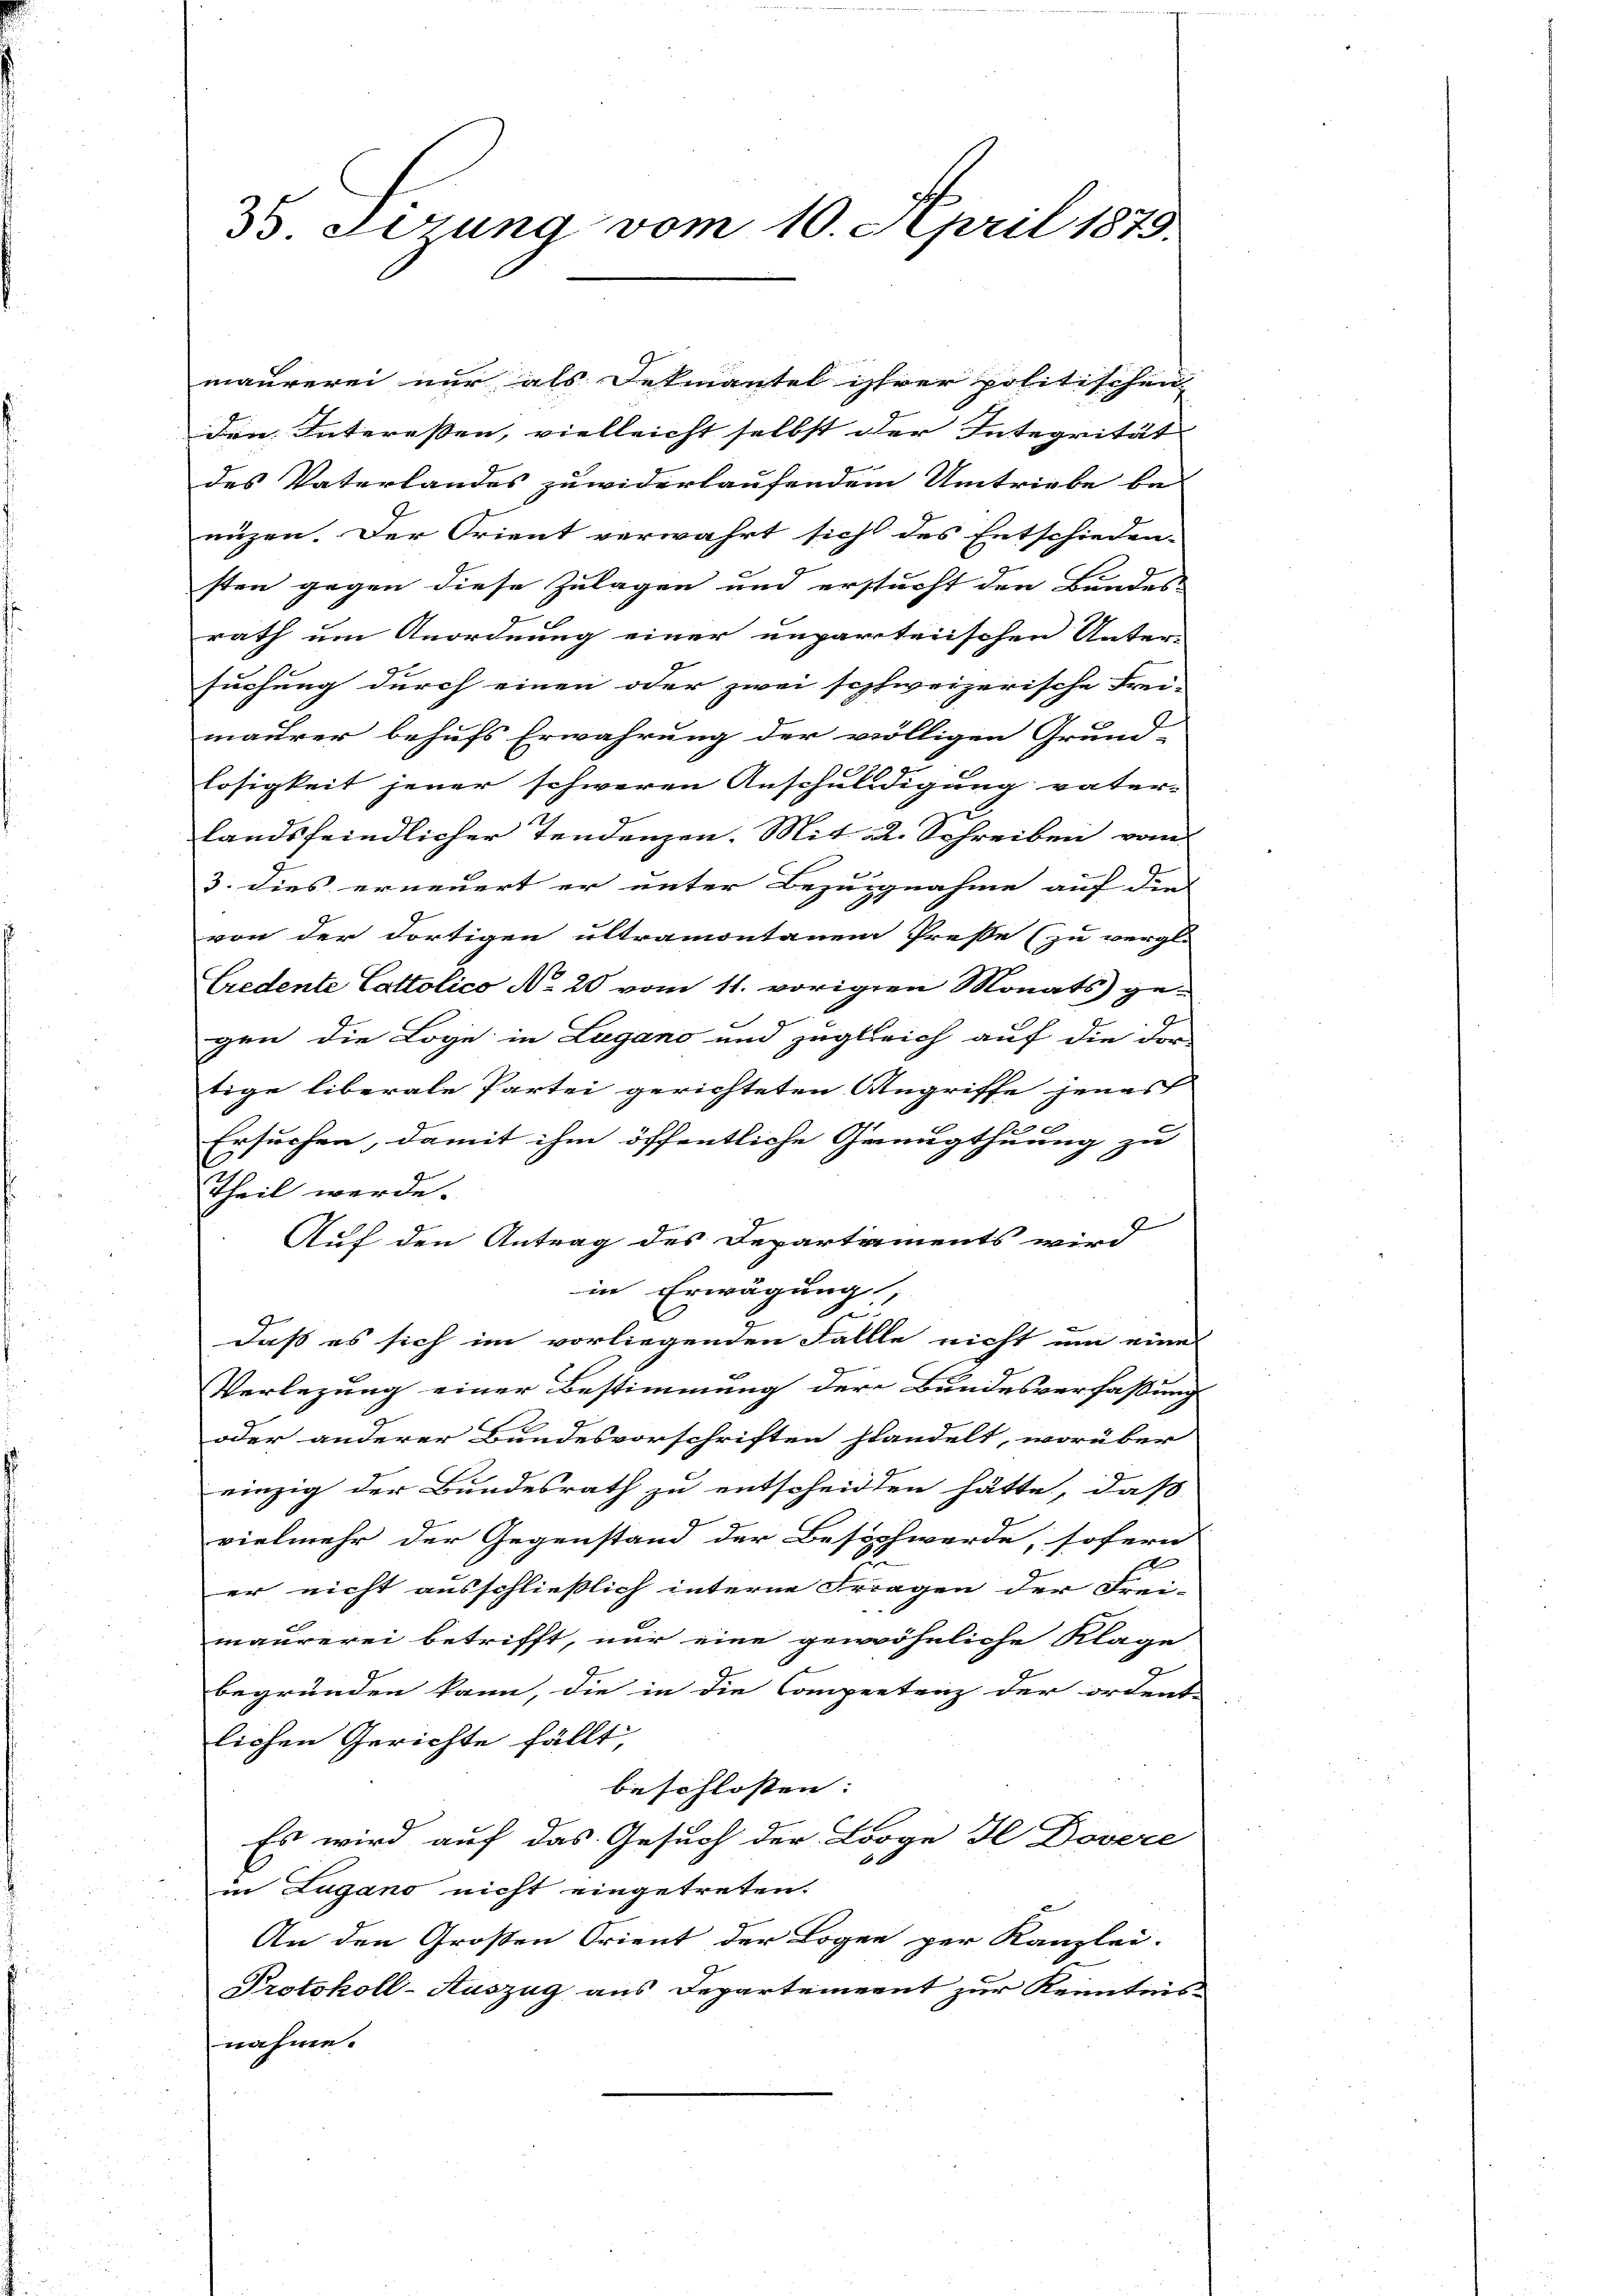
35. Serung vom 10. April 1879.

maurerei nur als Dekmantel ihrer politischen
den Interessen, vielleicht selbst der Integrität
des Vaterlandes zuwiderlaufendem Umtriebe be-
nüzen. Der Orient verwahrt sich des Entschieden-
sten gegen diese Zulagen und ersucht den Bundes-
rath um Anordnung einer unparteiischen Unter-
suchung durch einen oder zwei sophweizerische Frei-
maurer behufs Erwährung der völligen Grund-
losigkeit jener schweren Anschuldigung vater-
landsfeindlicher Tendenzen. Mit a. Schreiben vom
3. dies erneuert er unter Bezugnahme auf die
von der dortigen ultramontanen Preße (zu vergli
Credente Cattolico No 20 vom 11. vorigen Monats ge-
gen die Loge in Lugano und zugleich auf die dor
tige liberale Partei gerichteten Angriffe jenes
Ersuchen, damit ihm öffentliche Genugthuung zu
Theil werde.
Auf den Antrag des Departaments wird
in Erwägung;
8
daß es sich im vorliegenden Fallle nicht um eine
Berchen
Verlegung einer Bestimmung der Bundesverfassung
oder anderer Bundesvorschriften handelt, worüber
einzig der Bundesrath zu entscheidten hätte, daß
vielmehr der Gegenstand der Beschwerde, sofern
x
er nicht ausschließlich interne Fragen der Frei-
maurerei betrifft, nur eine gewöhnliche Klage
begründen kann, die in die Competenz der ordent
lichen Gerichte fällt,
beschlossen:
Es wird auf das Gesuch der Looge I Dovere
in Lugano nicht eingetreten.
An den Großen Orient der Logen per Kanzlei-
Protokoll-Auszug aus Departement zur Kenntnis-
nahme.